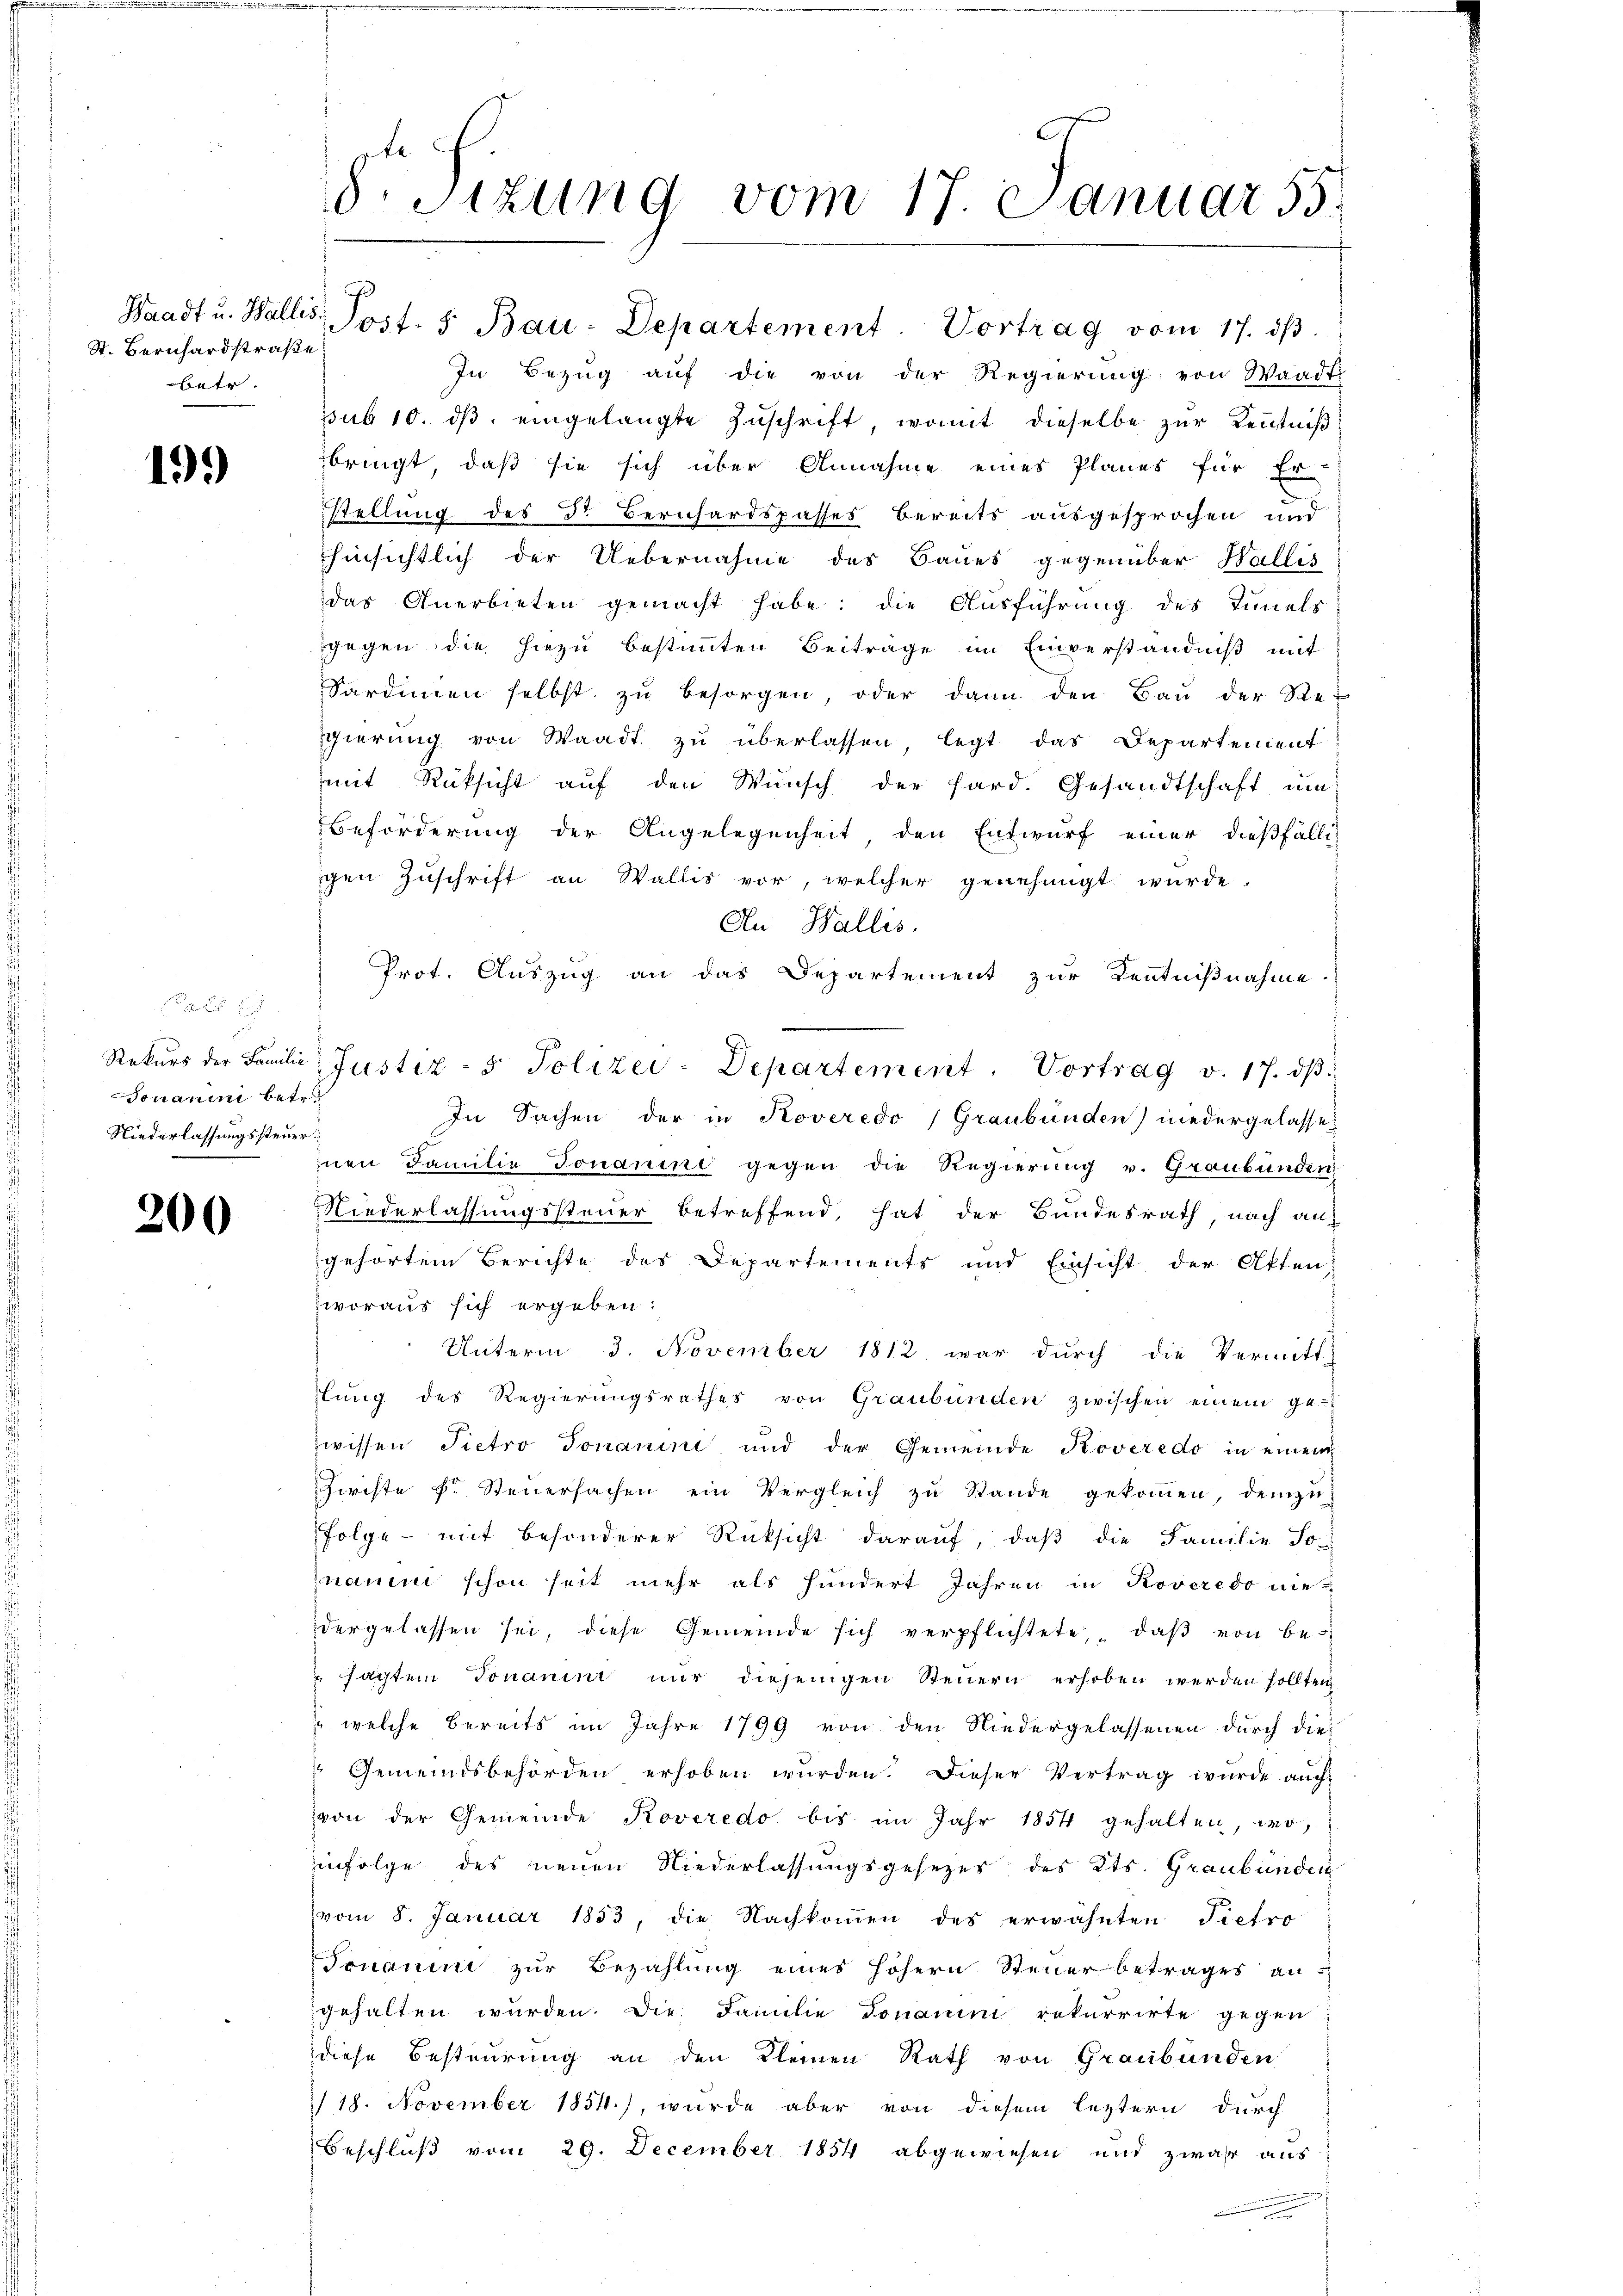
St. Bernhardstraße
betr.

19.)

s
Jonarii betr.
Niederlassungssteuer.

200

Dr. Sizung vom 17. Januar 55.

In Bezug auf die von der Regierung von Waadt
sub 10. dβ eingelangte Zuschrift, womit dieselbe zur Kenntniß
bringt, daß sie sich über Annahme eines Planes für Er-
stellung des dr Bernhardspasses Bereits ausgesprochen und
hinsichtlich der Uebernahme des Baues gegenüber Wallis
das Anerbieten gemacht habe; die Ausführung des Inner
gegen die hiezu bestimmten Beiträge im Einverständniß mit
Sardinien selbst zŭ besorgen, oder dann den Baŭ der Re-
gierung von Waadt zu überlassen, legt das Departement
mit Rücksicht auf den Wunsch der Hard. Gesandtschaft um
Beförderung der Angelegenheit, den Entwurf einer dießfälli
gen Zuschrift an Wallis vor, welcher genehmigt wurde.
An Wallis.
Prot. Auszug an das Departement zur Kenntnißnahme
In Sachen der in Roveredo, Graubünden) niedergelasse
znen Familie Jonanini gegen die Regierung v. Graubünden
Niederlassungssteuer betreffend, hat der Bundesrath, nach auf
gehörtem Berichte des Departements und Einsicht der Akten,
woraus sich ergeben:
Unterm 3. November 1812. war durch die Vermitt-
lŭng des Regierŭngsrathes von Graubünden zwischen einem ge-
zwissen Pietro Jonanini, und der Gemeinde Roveredo in einem
Zwiste Hr. Steuersachen ein Vergleich zu Stande gekommen, demzu
Folge mit besonderer Rücksicht daraŭf, daβ die Familie So
naum schon seit mehr als hundert Jahren in Roveredo nie
dergelassen sei, diese Gemeinde sich verpflichtete, daβ von bes
sachten donanini nur diejenigen Steuern erhoben werden sollten
 welche bereits im Jahre 1799 von den Niedergelassenen durch die
Gemeindsbehörden erhoben wurden. Dieser Vertrag wurde auch
von der Gemeinde Roveredo bis im Jahr 1854 gehalten, wo
infolge des neuen Niederlassungsgesezes des Kts. Graubünden
vom 8. Januar 1853, die Nachkoṁen des erwähnten Tiefro
Jonamini zur Bezahlung eines höhern Steuer betrages angehalten wurden. Die Familie Donaum rekurrirte gegen
diese Besteurung an den Kleinen Rath von Graubünden
1/18. November 1854.), wurde aber von diesem leztern durch
Beschluß vom 29. December 1854 abgewiesen und zwar aus
n

Waadt u. Wallis. Post- 5. Bau-Departement. Vortrag vom 17. dβ.

Rekŭrs der Familie Justiz- & Polizei-Departement. Vortrag v. 17. dβ